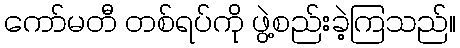
ကော်မတီ တစ်ရပ်ကို ဖွဲ့စည်းခဲ့ကြသည်။